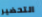
التحضير